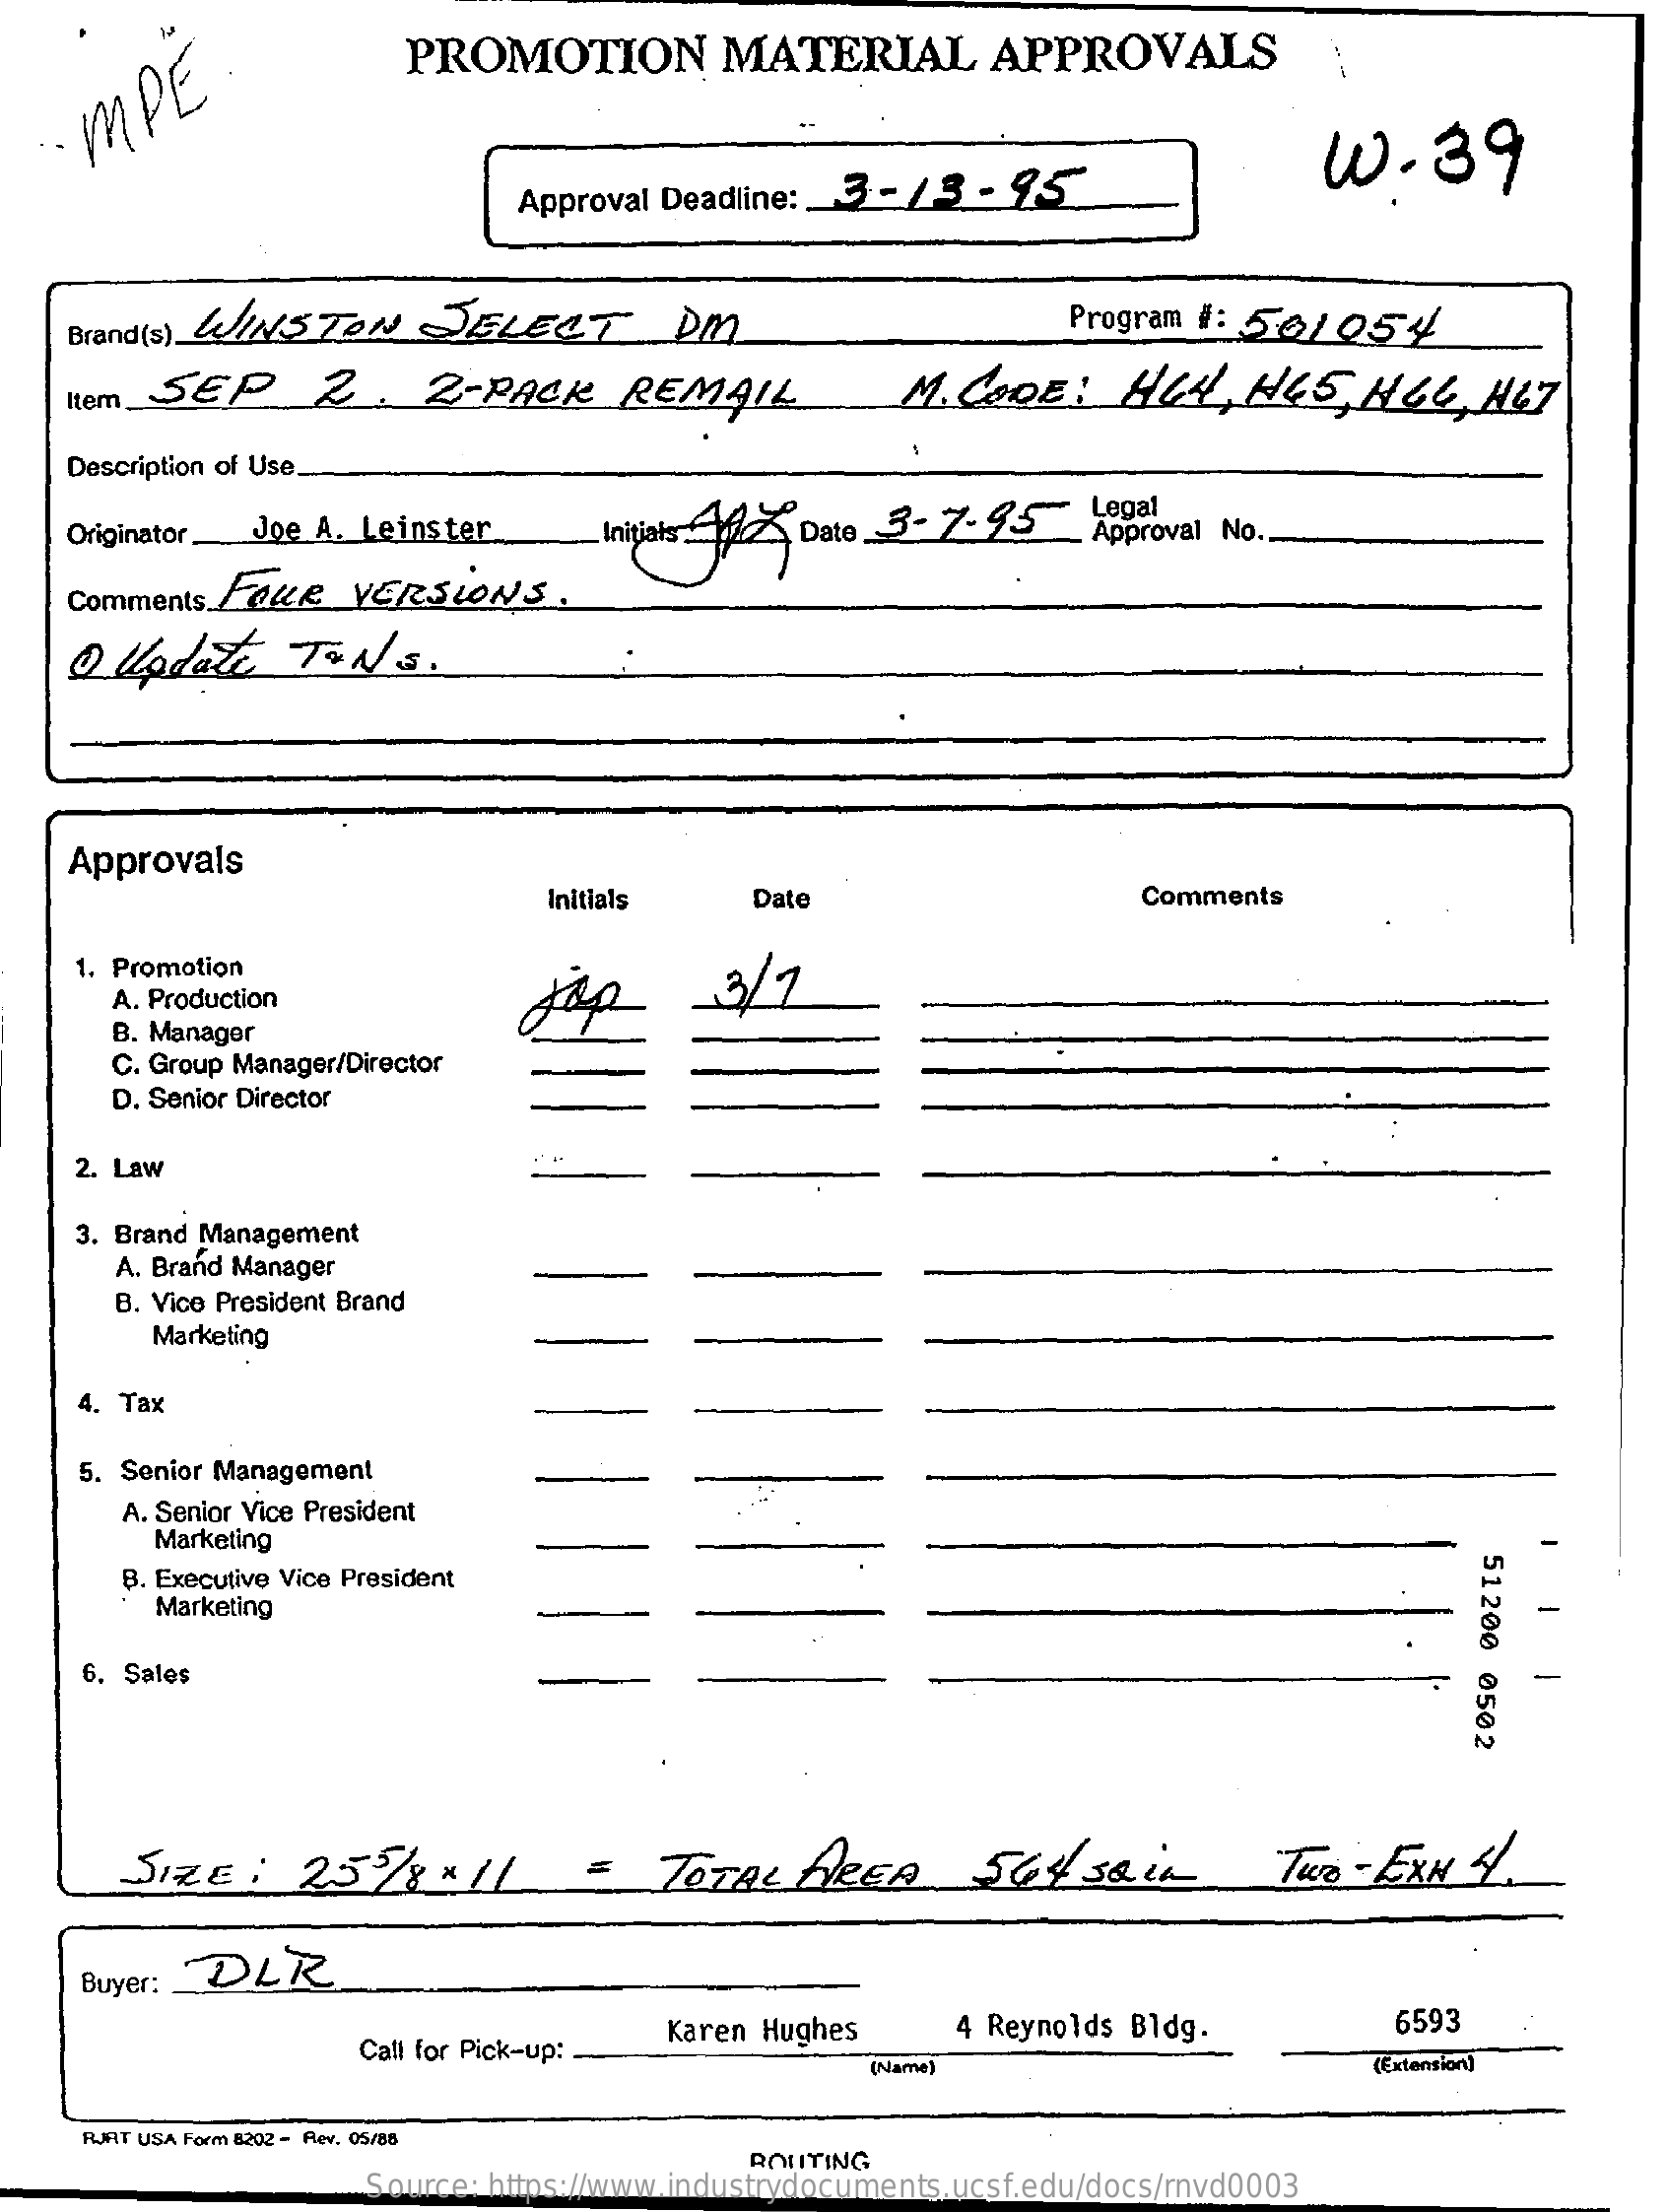
PROMOTION    MATERIAL    APPROVALS    --
    MPE.
     00.39
     Approval Deadline :_ 3- 13   - 95
    Brand (s) WINSTON    SELECT    DM    Program #: 561054
    nem   SEP    2    2-  PACK    REMAIL    M.  CODE:    HULL,   HES,   HOL,    HET
    Description of Use.
    Originator_ Joe A. Leinster    Initials Af  Date 3-7-95    Legal
     Approval No.
     Comments FREE    VERSIONS    .
    O  Update    ToNs.
     Approvals
     Initials    Date    Comments
     1. Promotion
     A. Production    -3/2
     B. Manager
     C. Group Manager/Director
     D. Senior Director
     2. Law
     3. Brand Management
     A. Brand Manager
     B. Vice President Brand
     Marketing
     4. Tax
     5. Senior Management
     A. Senior Vice President
     Marketing
     51200
     0502
     B. Executive Vice President
     Marketing    -
     6. Sales    -
     SIZE    :  255/8    x 11    =   TOTAL    AREA    544    30  in    Two  - ExH  3.
     Buyer:  DLR
     Call for Pick-up:
     Karen Hughes    4 Reynolds Bldg.    6593
     (Name)    (Extension)
     RIFT USA Form 8202 - Rev. 05/88
     Source: https://www.industrydocuments.ucsf.edu/docs/rnvd0003
     ROTTING